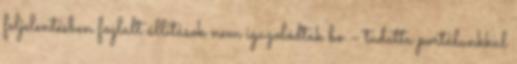
feljelentésben foglalt állítások nem igazolódtak be – tudatta portálunkkal